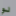
لو